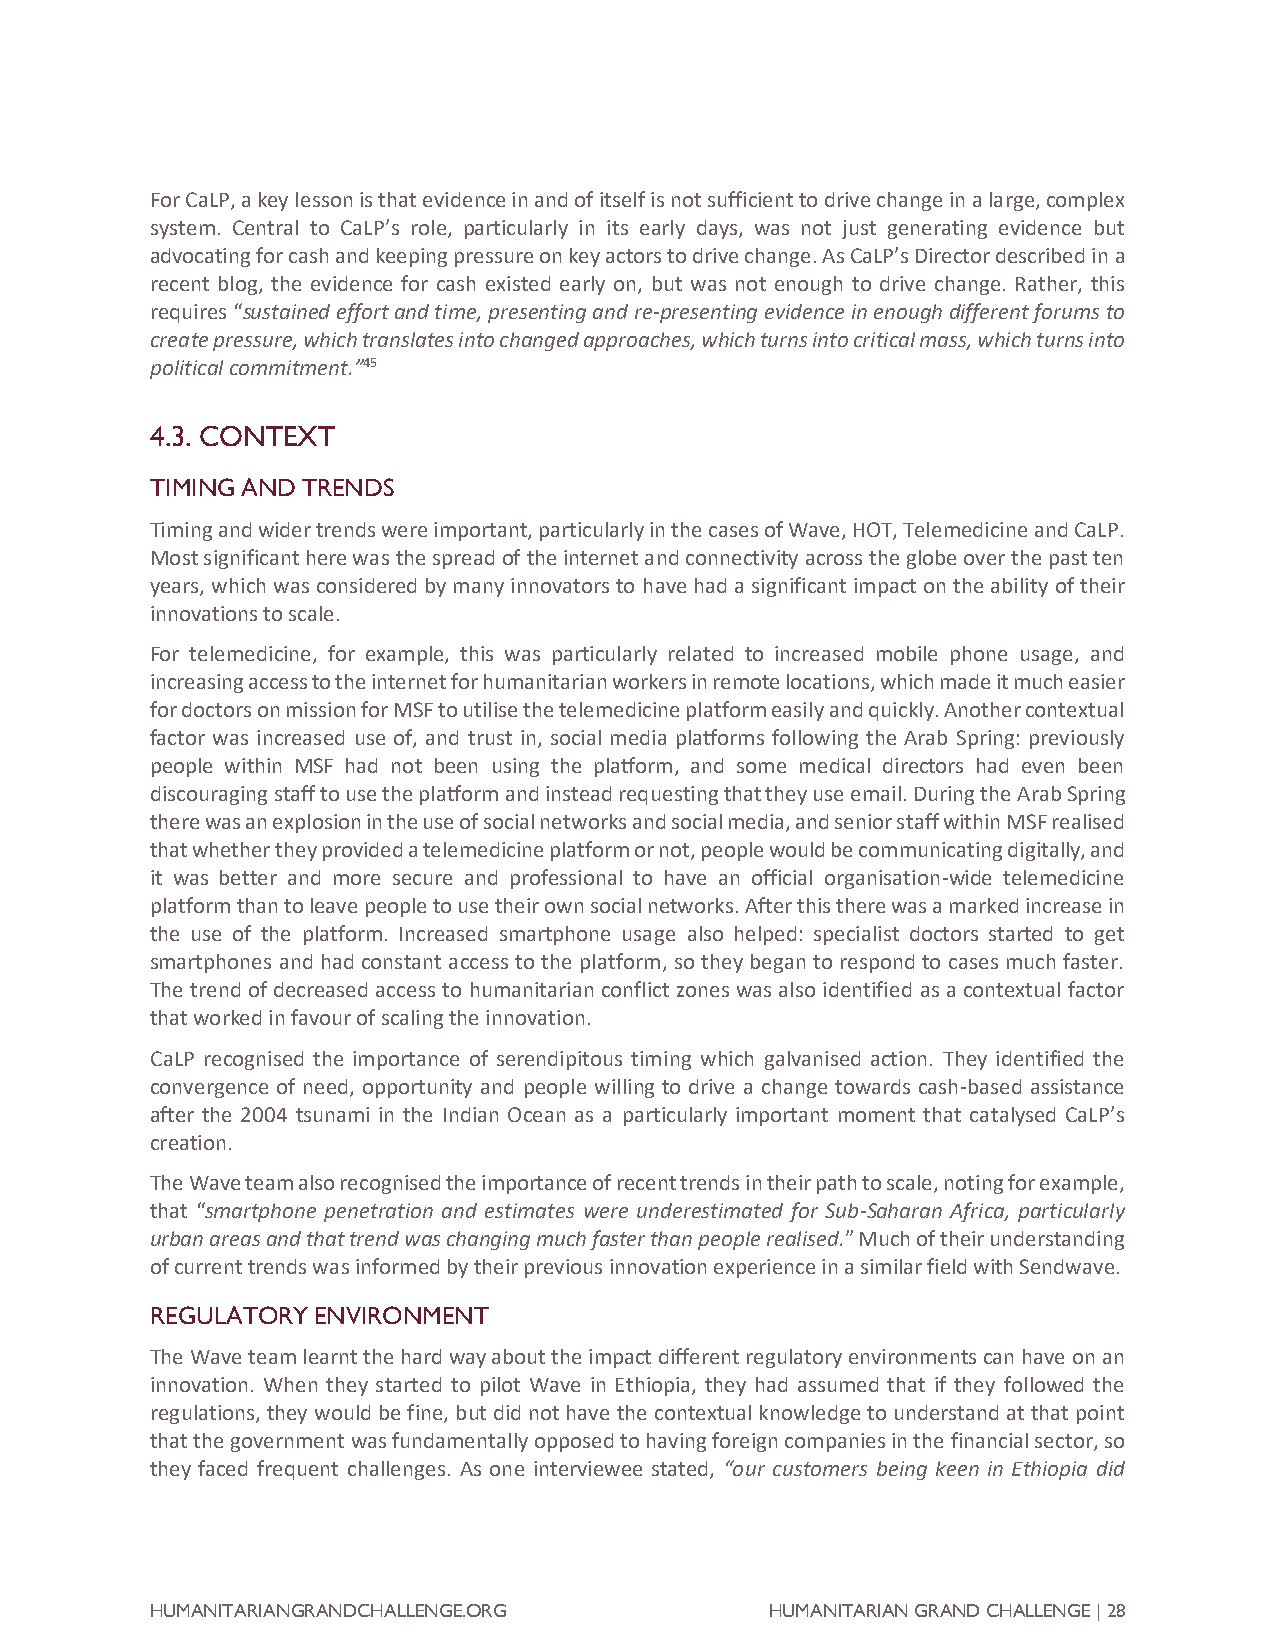
For CaLP, a key lesson is that evidence in and of itself is not sufficient to drive change in a large, complex
 system. Central to CaLP’s role, particularly in its early days, was not just generating evidence but
 advocating for cash and keeping pressure on key actors to drive change. As CaLP’s Director described in a
 recent blog, the evidence for cash existed early on, but was not enough to drive change. Rather, this
 requires “sustained effort and time, presenting and re-presenting evidence in enough different forums to
 create pressure, which translates into changed approaches, which turns into critical mass, which turns into
 political commitment.”45
 4.3. CONTEXT
 TIMING AND TRENDS
 Timing and wider trends were important, particularly in the cases of Wave, HOT, Telemedicine and CaLP.
 Most significant here was the spread of the internet and connectivity across the globe over the past ten
 years, which was considered by many innovators to have had a significant impact on the ability of their
 innovations to scale.
 For telemedicine, for example, this was particularly related to increased mobile phone usage, and
 increasing access to the internet for humanitarian workers in remote locations, which made it much easier
 for doctors on mission for MSF to utilise the telemedicine platform easily and quickly. Another contextual
 factor was increased use of, and trust in, social media platforms following the Arab Spring: previously
 people within MSF had not been using the platform, and some medical directors had even been
 discouraging staff to use the platform and instead requesting that they use email. During the Arab Spring
 there was an explosion in the use of social networks and social media, and senior staff within MSF realised
 that whether they provided a telemedicine platform or not, people would be communicating digitally, and
 it was better and more secure and professional to have an official organisation-wide telemedicine
 platform than to leave people to use their own social networks. After this there was a marked increase in
 the use of the platform. Increased smartphone usage also helped: specialist doctors started to get
 smartphones and had constant access to the platform, so they began to respond to cases much faster.
 The trend of decreased access to humanitarian conflict zones was also identified as a contextual factor
 that worked in favour of scaling the innovation.
 CaLP recognised the importance of serendipitous timing which galvanised action. They identified the
 convergence of need, opportunity and people willing to drive a change towards cash-based assistance
 after the 2004 tsunami in the Indian Ocean as a particularly important moment that catalysed CaLP’s
 creation.
 The Wave team also recognised the importance of recent trends in their path to scale, noting for example,
 that “smartphone penetration and estimates were underestimated for Sub-Saharan Africa, particularly
 urban areas and that trend was changing much faster than people realised.” Much of their understanding
 of current trends was informed by their previous innovation experience in a similar field with Sendwave.
 REGULATORY ENVIRONMENT
 The Wave team learnt the hard way about the impact different regulatory environments can have on an
 innovation. When they started to pilot Wave in Ethiopia, they had assumed that if they followed the
 regulations, they would be fine, but did not have the contextual knowledge to understand at that point
 that the government was fundamentally opposed to having foreign companies in the financial sector, so
 they faced frequent challenges. As one interviewee stated, “our customers being keen in Ethiopia did
 HUMANITARIANGRANDCHALLENGE.ORG           HUMANITARIAN GRAND CHALLENGE | 28